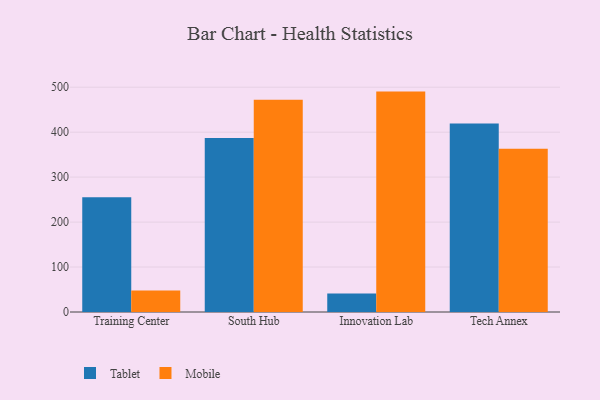
{"axis": {"x": "Campus", "y": "Page Views"}, "legend": ["Mobile", "Tablet"], "data": [{"x": "Training Center", "y": 255.2, "type": "Tablet"}, {"x": "Training Center", "y": 47.9, "type": "Mobile"}, {"x": "South Hub", "y": 386.9, "type": "Tablet"}, {"x": "South Hub", "y": 472.2, "type": "Mobile"}, {"x": "Innovation Lab", "y": 41.0, "type": "Tablet"}, {"x": "Innovation Lab", "y": 490.2, "type": "Mobile"}, {"x": "Tech Annex", "y": 419.1, "type": "Tablet"}, {"x": "Tech Annex", "y": 363.2, "type": "Mobile"}]}